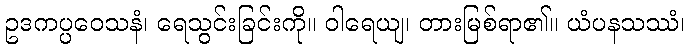
ဥဒကပ္ပဝေသနံ၊ ရေသွင်းခြင်းကို။ ဝါရေယျ၊ တားမြစ်ရာ၏။ ယံပနသဿံ၊